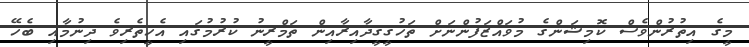
މީގެ އިތުރުންވެސް ކޮމިޝަންގެ މުވައްޒަފުންނަށް ތަހުގީގީދާއިރާއިން ތަމްރީނު ކުރުމުގައި އެހީތެރިވެ ދިނުމާއި ބެހޭ